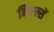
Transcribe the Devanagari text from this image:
निएल्सें